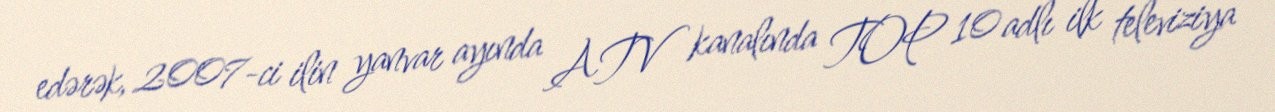
edərək, 2007-ci ilin yanvar ayında ATV kanalında TOP 10 adlı ilk televiziya